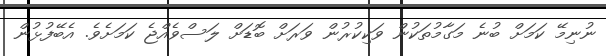
ނުނިމޭ ކަމަށް ބުނެ މަގާމުތަކުން ވަކިކުރުން ވަރަށް ބޮޑަށް ލަސްވެއްޖެ ކަމަށެވެ. އެބޭފުޅުން